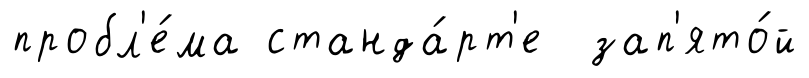
пробл'е́ма станда́рт'е зап'ято́й